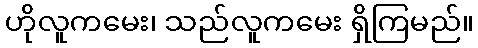
ဟိုလူကမေး၊ သည်လူကမေး ရှိကြမည်။